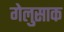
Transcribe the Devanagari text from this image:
गेलुसाक